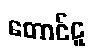
တောင်ငူ